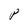
Character: P